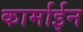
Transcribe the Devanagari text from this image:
कार्माईन